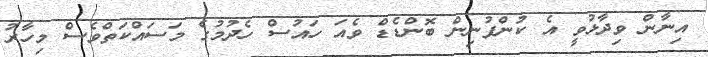
އިނާން ވިދާޅުވީ އެ ކުންފުނިން ބޮންޑެޑް ވެއަ ހައުސް ހެދުމުގެ މަސައްކަތްވެސް މިހާރު